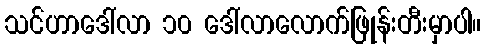
သင်ဟာဒေါ်လာ ၁၀ ဒေါ်လာလောက်ဖြုန်းတီးမှာပါ။